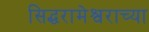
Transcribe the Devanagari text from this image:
सिद्धरामेश्वराच्या